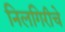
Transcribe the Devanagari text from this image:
निलगिरीचे